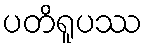
ပတိရူပဿ